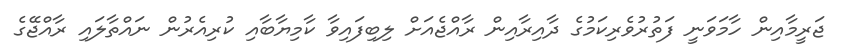
ޖަރީމާއިން ހާމަވަނީ ފަތުރުވެރިކަމުގެ ދާއިރާއިން ރާއްޖެއަށް ލިބިފައިވާ ކާމިޔާބާއި ކުރިއެރުން ނައްތާލައި ރާއްޖޭގެ